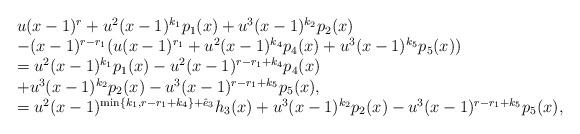
LaTeX: \begin{align*}\begin{array}{l}u(x-1)^{r}+u^2(x-1)^{k_1}p_1(x)+u^3(x-1)^{k_2}p_2(x)\\-(x-1)^{r-r_1}(u(x-1)^{r_1}+u^2(x-1)^{k_4}p_4(x)+u^3(x-1)^{k_5}p_5(x))\\=u^2(x-1)^{k_1}p_1(x)-u^2(x-1)^{r-r_1+k_4}p_4(x)\\+u^3(x-1)^{k_2}p_2(x)-u^3(x-1)^{r-r_1+k_5}p_5(x),\\=u^2(x-1)^{\min\{k_1, r-r_1+k_4\}+\hat e_3}h_3(x)+u^3(x-1)^{k_2}p_2(x)-u^3(x-1)^{r-r_1+k_5}p_5(x),\end{array}\end{align*}